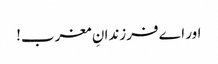
اور اے فرزندانِ مغرب!